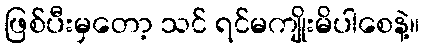
ဖြစ်ပီးမှတော့ သင် ရင်မကျိုးမိပါစေနဲ့။